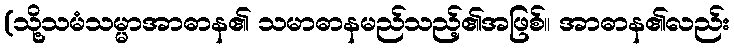
(သို့သမံသမ္မာအာဓာန၏ သမာဓာနမည်သည့်၏အဖြစ်။ အာဓာန၏လည်း